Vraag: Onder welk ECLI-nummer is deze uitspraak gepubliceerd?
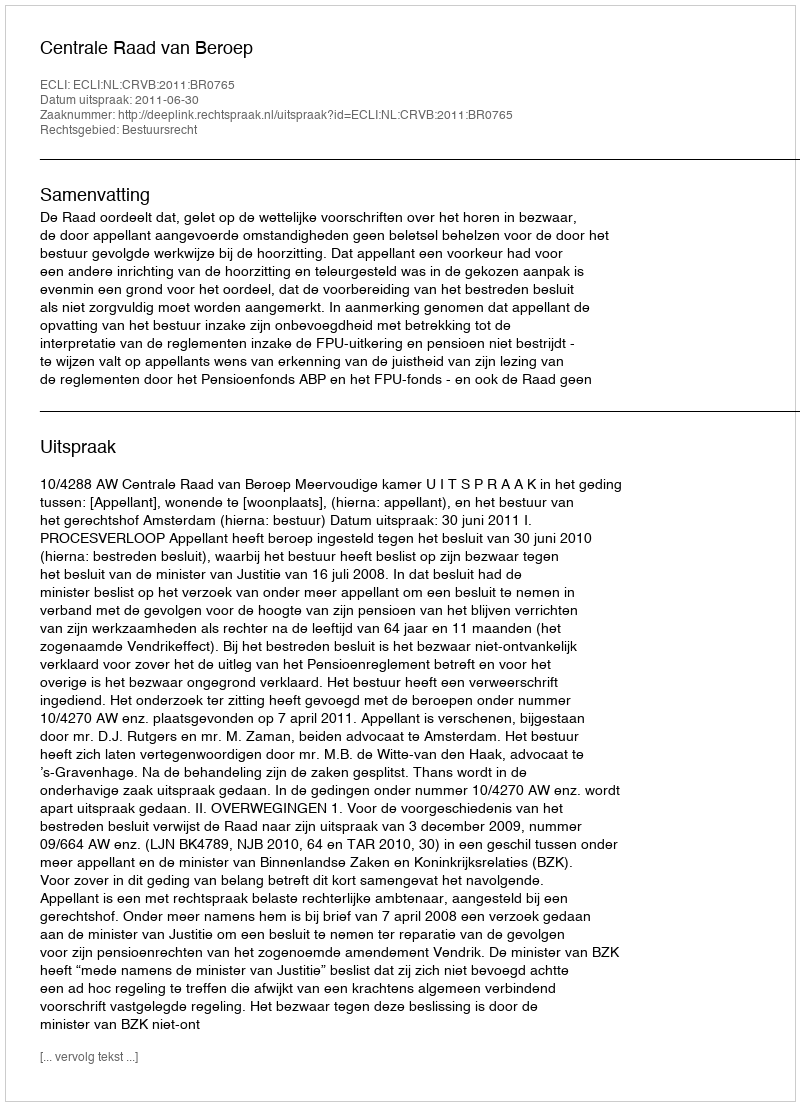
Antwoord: ECLI:NL:CRVB:2011:BR0765